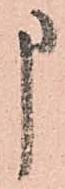
申